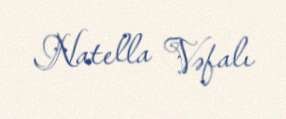
Natella Vəfalı